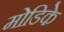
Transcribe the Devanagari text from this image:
मोडिके